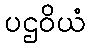
ပဌဝိယံ